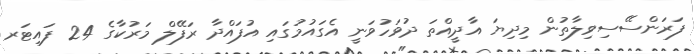
ފަރަންސޭސިވިލާތުން މިދިޔަ އާދީއްތަ ދުވަހުވަނީ އެގައުމުގައި އުފައްދާ ރަފޭލް މަރުކާގެ 24 ފައިޓަރ